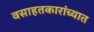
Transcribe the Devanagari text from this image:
वसाहतकारांच्यात